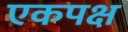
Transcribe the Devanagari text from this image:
एकपक्ष